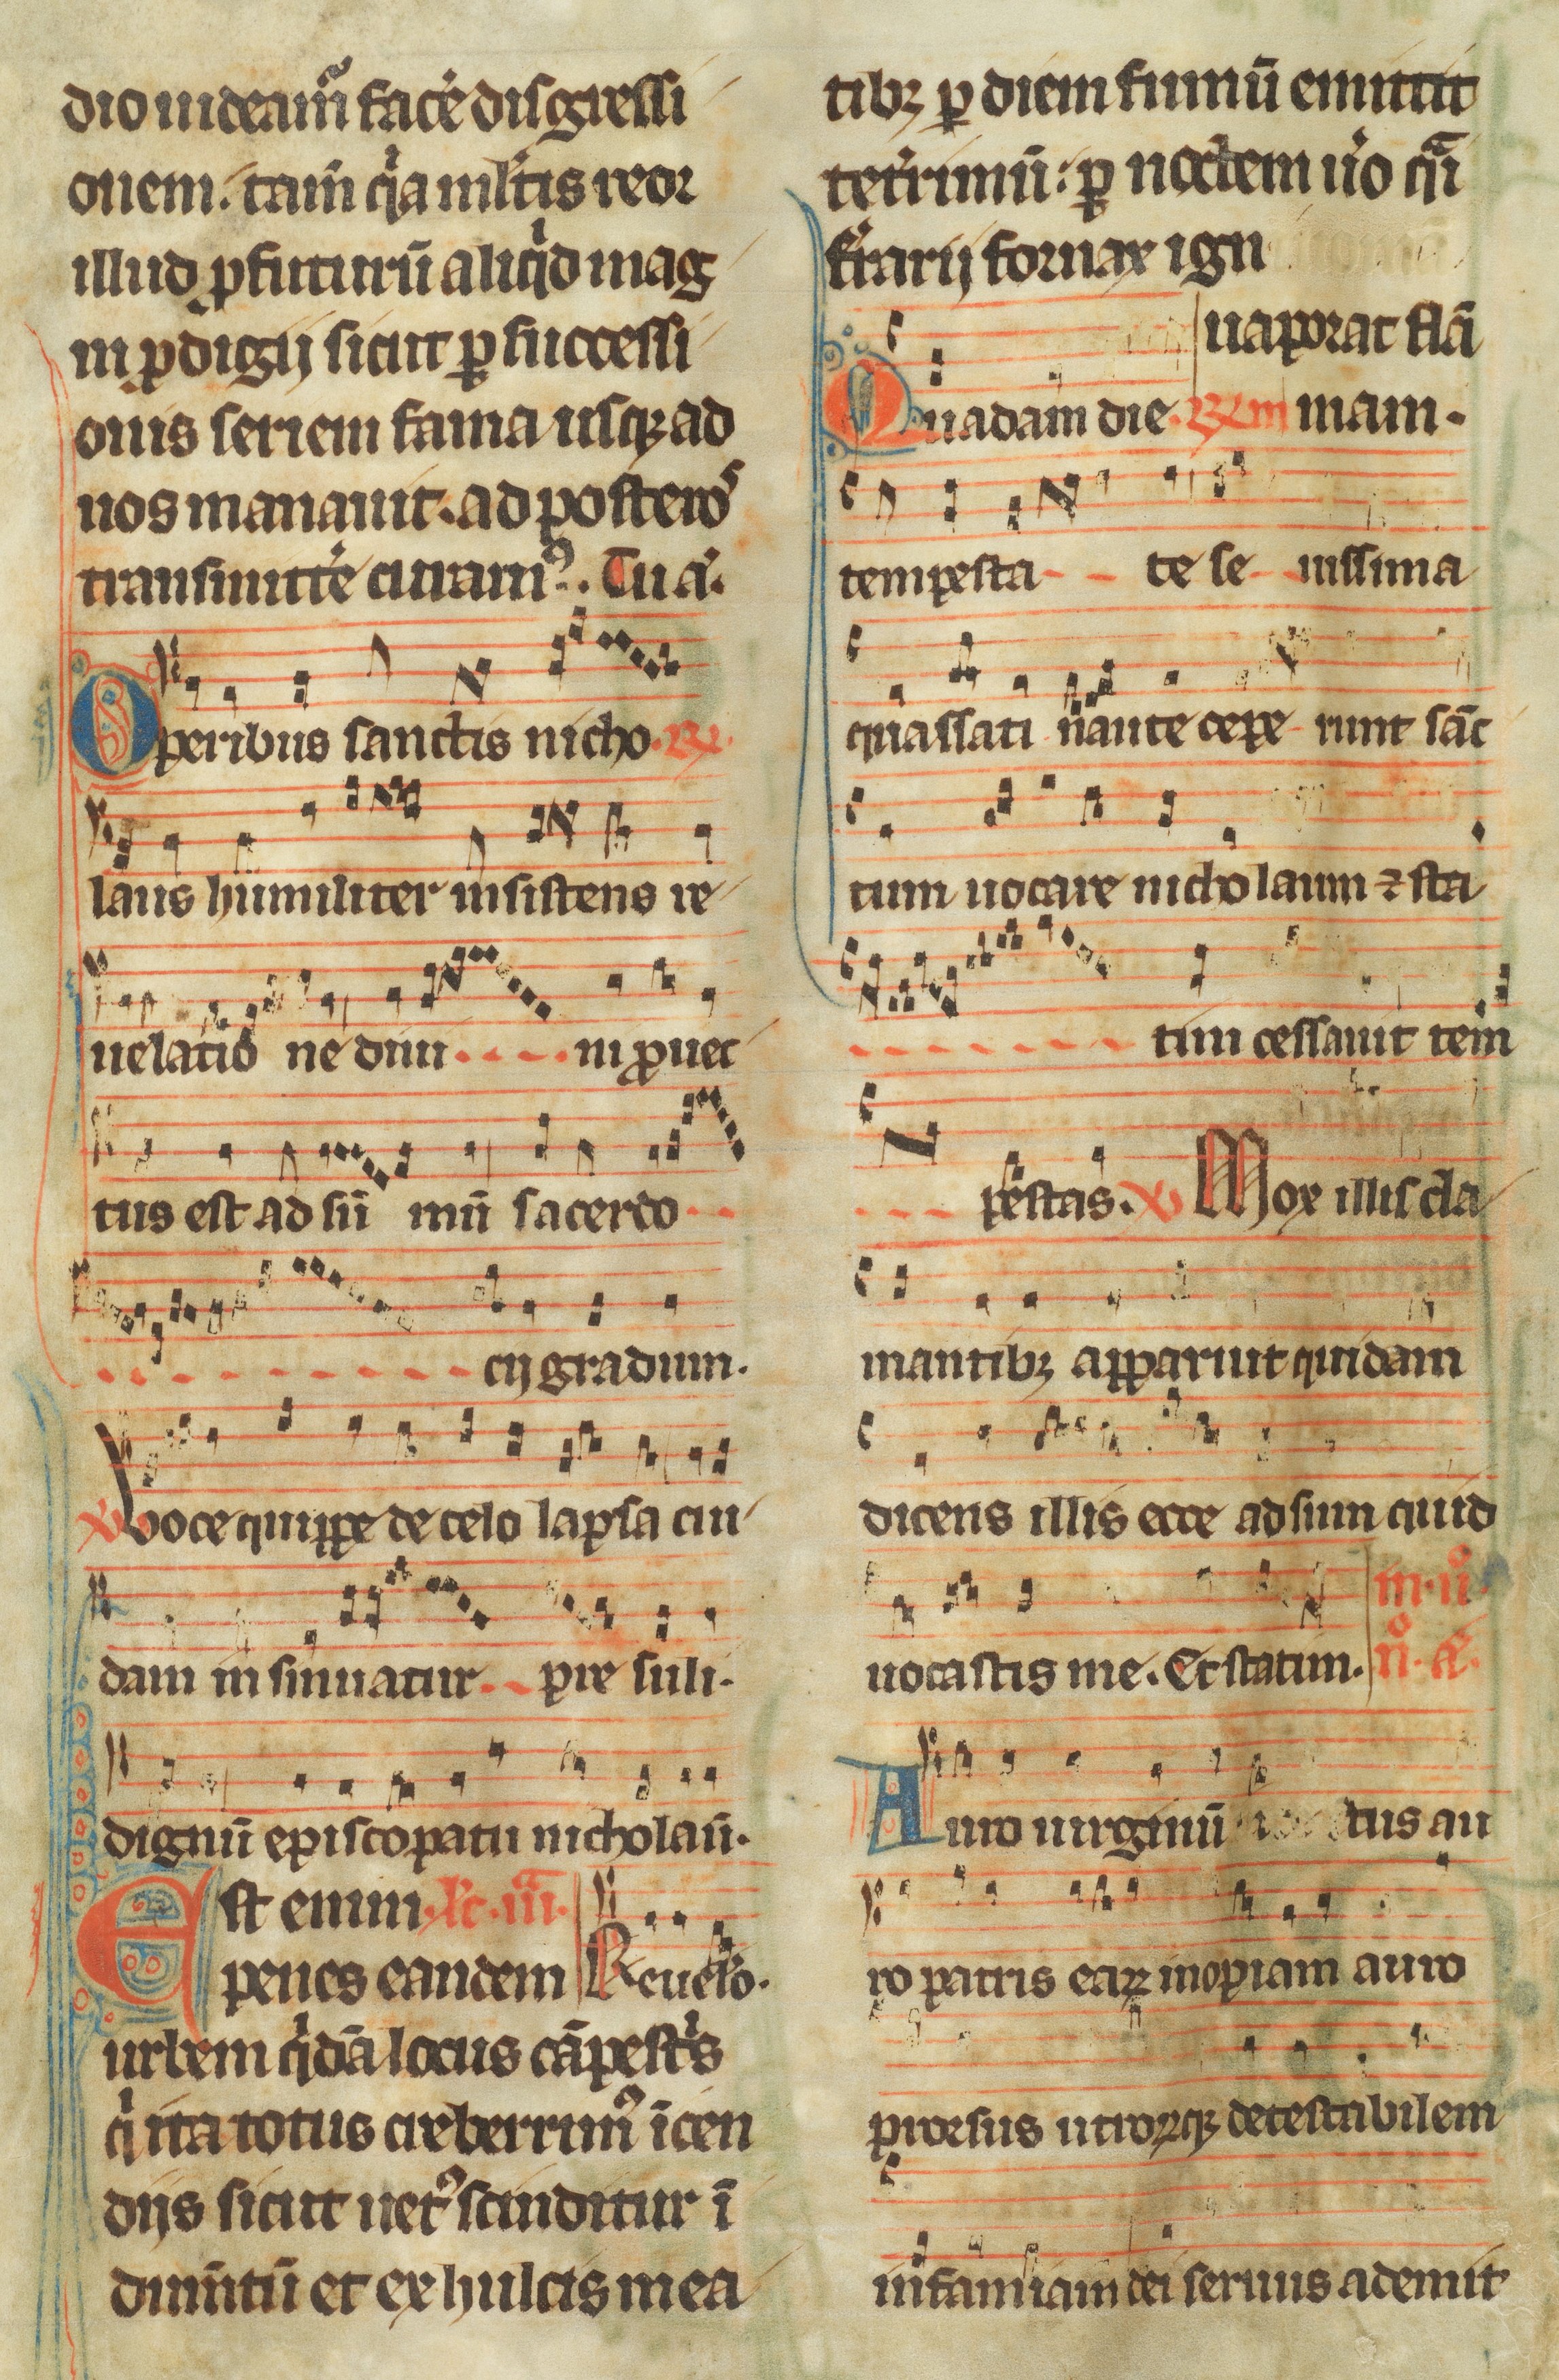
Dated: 1300–1349